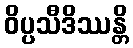
ဝိပ္ပသီဒိဿန္တိ